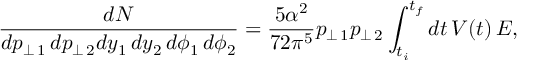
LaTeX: \frac { d N } { d p _ { \perp \, 1 } \, d p _ { \perp \, 2 } d y _ { 1 } \, d y _ { 2 } \, d \phi _ { 1 } \, d \phi _ { 2 } } = \frac { 5 \alpha ^ { 2 } } { 7 2 \pi ^ { 5 } } p _ { \perp \, 1 } p _ { \perp \, 2 } \int _ { t _ { i } } ^ { t _ { f } } d t \, V ( t ) \, E ,